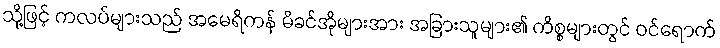
သို့ဖြင့် ကလပ်များသည် အမေရိကန် မိခင်အိုများအား အခြားသူများ၏ ကိစ္စများတွင် ဝင်ရောက်